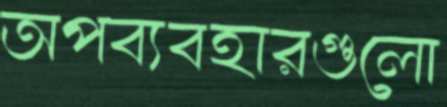
অপব্যবহারগুলো